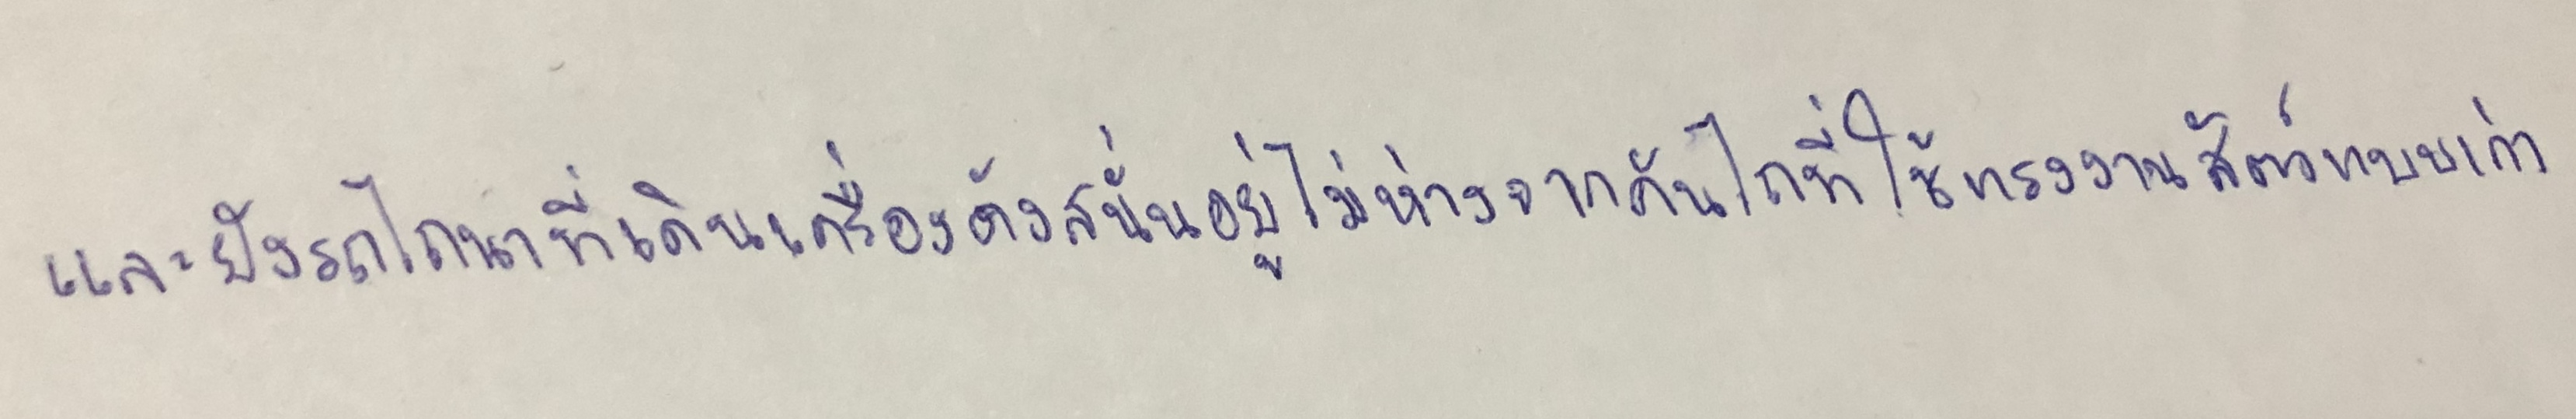
และยังรถไถนาที่เดินเครื่องดังสนั่นอยู่ไม่ห่างจากคันไถที่ใช้แรงงานสัตว์แบบเก่า